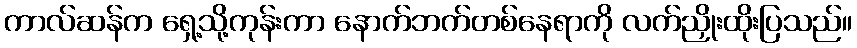
ကာလ်ဆန်က ရှေ့သို့ကုန်းကာ နောက်ဘက်တစ်နေရာကို လက်ညှိုးထိုးပြသည်။